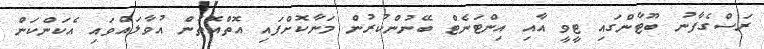
ރަސްގެފާނު ބޫޓާންގައި ޓީވީ އާއި އިންޓަނެޓް ބޭނުންކުރުން މަނާކޮށްފައި އޮތްއޮތުން އުވާލައްވައި އެކަންކަން